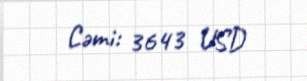
Cəmi: 3643 USD